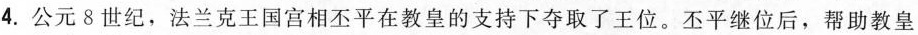
4.公元8世纪，法兰克王国宫相丕平在教皇的支持下夺取了王位。丕平继位后，帮助教皇